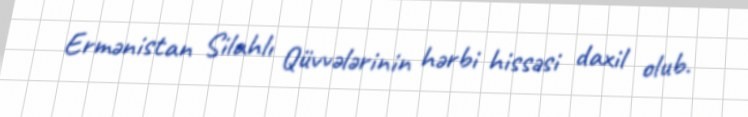
Ermənistan Silahlı Qüvvələrinin hərbi hissəsi daxil olub.